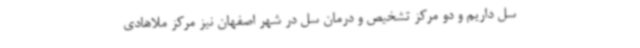
سل داریم و دو مرکز تشخیص و درمان سل در شهر اصفهان نیز مرکز ملاهادی